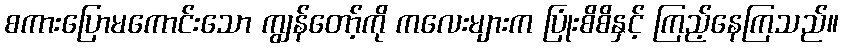
စကားပြောမကောင်းသော ကျွန်တော့်ကို ကလေးများက ပြုံးစိစိနှင့် ကြည့်နေကြသည်။